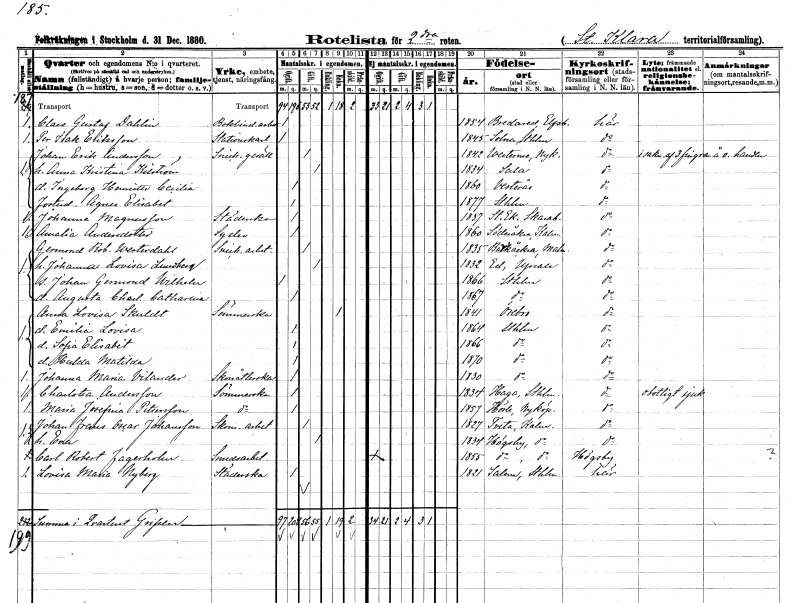
gt_parse: households: individuals: FN: Claes Gustaf
EN: Dahlin
YRKE: Bokbinderiarbetare
KON: M
CIV: O
FODAR: 1854
FODFORS: Bredared Älvsborgs län
FN: Per Isak
EN: Eriksson
YRKE: Stationskarl
KON: M
CIV: O
FODAR: 1845
FODFORS: Solna Stockholms län
FN: Johan Erik
EN: Andersson
YRKE: Snickaregesäll
KON: M
CIV: G
FODAR: 1842
FODFORS: Västermo Södermanlands län
FN: Anna Kristina
EN: Kilström
KON: K
CIV: G
FODAR: 1834
FODFORS: Sala Västmanlands län
FN: Ingeborg Henrietta Cecilia
KON: K
CIV: O
FODAR: 1860
FODFORS: Västerås Västmanlands län
FN: Agnes Elisabet
KON: K
CIV: O
FODAR: 1877
FODFORS: Stockholm
FN: Johanna
EN: Magnusson
YRKE: Städerska
KON: K
CIV: O
FODAR: 1837
FODFORS: Ek Skaraborgs län
FN: Amalia
EN: Andersdotter
YRKE: Syelev
KON: K
CIV: O
FODAR: 1860
FODFORS: Söderåkra Kalmar län
FN: Germond Robert
EN: Westerdahl
YRKE: Snickeriarbetare
KON: M
CIV: G
FODAR: 1835
FODFORS: Balkåkra Malmöhus län
FN: Johanna Lovisa
EN: Lundberg
KON: K
CIV: G
FODAR: 1832
FODFORS: Ed Stockholms län
FN: Johan Germond Wilhelm
KON: M
CIV: O
FODAR: 1866
FODFORS: Stockholm
FN: Augusta Charlotta Catharina
KON: K
CIV: O
FODAR: 1867
FODFORS: Stockholm
FN: Anna Lovisa
EN: Skuldt
YRKE: Sömmerska
KON: K
CIV: E
FODAR: 1841
FODFORS: Örebro Örebro län
FN: Emilia Lovisa
KON: K
CIV: O
FODAR: 1864
FODFORS: Stockholm
FN: Sofia Elisabet
KON: K
CIV: O
FODAR: 1866
FODFORS: Stockholm
FN: Hulda Matilda
KON: K
CIV: O
FODAR: 1870
FODFORS: Stockholm
FN: Johanna maria
EN: Vilander
YRKE: Skonåtlerska
KON: K
CIV: O
FODAR: 1830
FODFORS: Stockholm
FN: Charlotta
EN: Andersson
YRKE: Sömmerska
KON: K
CIV: O
FODAR: 1834
FODFORS: Haga Stockholms län
FN: Maria Josefina
EN: Pettersson
YRKE: Sömmerska
KON: K
CIV: O
FODAR: 1857
FODFORS: Hölö Stockholms län
FN: Johan Frans Oscar
EN: Johansson
YRKE: Skomakeriarbetare
KON: M
CIV: G
FODAR: 1827
FODFORS: Tveta Kalmar län
FN: Eva
KON: K
CIV: G
FODAR: 1834
FODFORS: Högsby Kalmar län
FN: Carl Robert
EN: Fagerholm
YRKE: Smedsarbetare
KON: M
CIV: O
FODAR: 1855
FODFORS: Högsby Kalmar län
FN: Lovisa Maria
EN: Nyberg
YRKE: Städerska
KON: K
CIV: O
FODAR: 1821
FODFORS: Salem Stockholms län